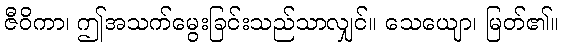
ဇီဝိကာ၊ ဤအသက်မွေးခြင်းသည်သာလျှင်။ သေယျော၊ မြတ်၏။